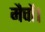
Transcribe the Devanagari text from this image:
मैचों।